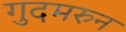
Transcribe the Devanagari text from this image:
गुदमरुन